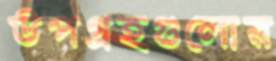
উপগ্রহগুলোর